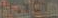
العالمية